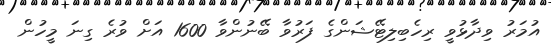
އުމަރު ވިދާޅުވީ ރިހެބިލިޓޭޝަންގެ ފަރުވާ ބޭނުންވާ 1600 އަށް ވުރެ ގިނަ މީހުން